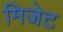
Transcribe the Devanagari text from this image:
मिजेट